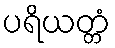
ပရိယတ္တံ